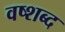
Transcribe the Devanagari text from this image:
वष्शब्द